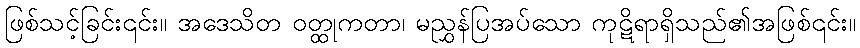
ဖြစ်သင့်ခြင်း၎င်း။ အဒေသိတ ဝတ္ထုကတာ၊ မညွှန်ပြအပ်သော ကုဋိရာရှိသည်၏အဖြစ်၎င်း။